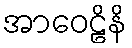
အာဝေဠိနိ